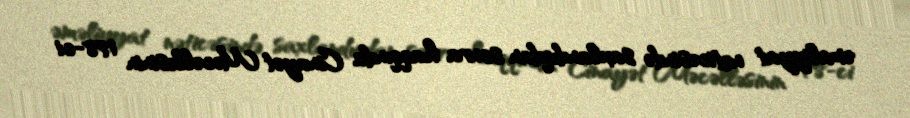
əməliyyat nəticəsində saxlandıqdan sonra haqqında Cinayət Məcəlləsinin 178-ci